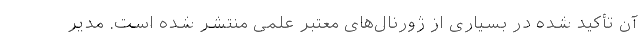
آن تأکید شده در بسیاری از ژورنال‌های معتبر علمی منتشر شده است. مدیر